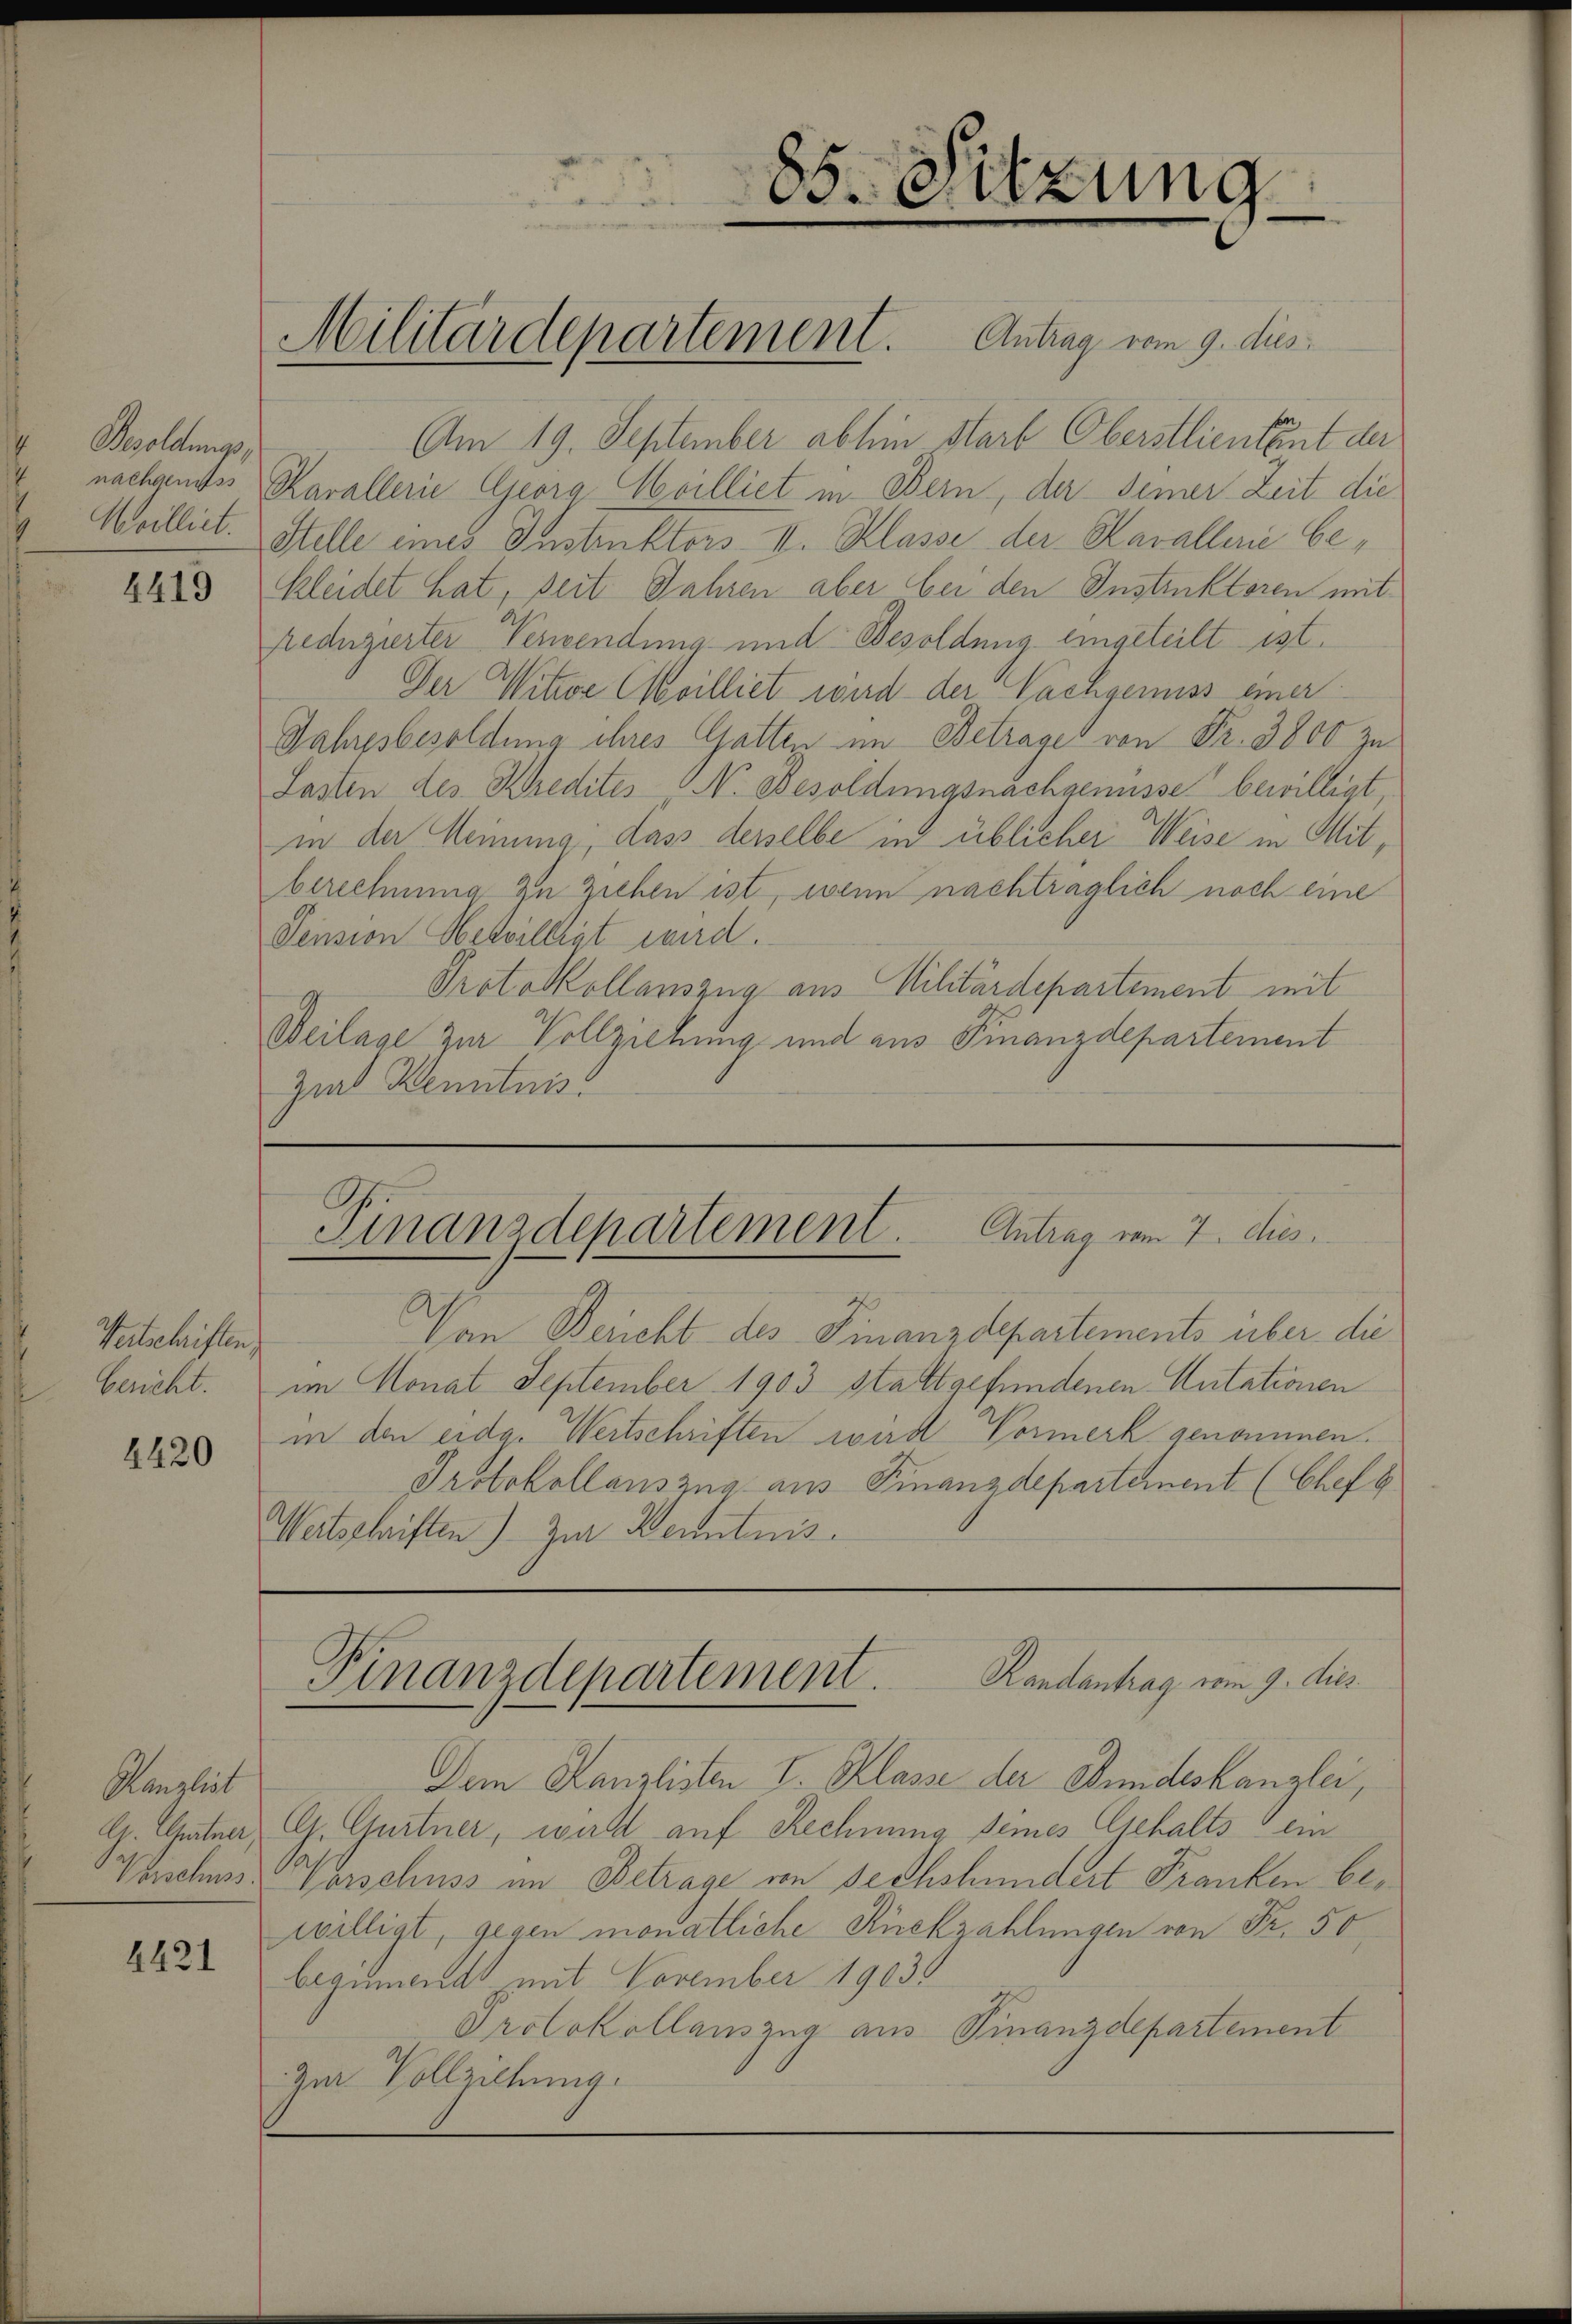
Besoldungs¬

4419

Meitschriften,
Genicht.

4420

Kanzleit

4421

Am 19. September abhin Starb Oberstlieutent der
nachgendes Cavallerie Georg Moilliet in Bern, der seiner Zeit die
Meilliet. Stelle eines Instruktors II. Klasse der Kavallerić bekleidet hat, seit Jahren aber bei den Instruktoren mit
reduzierter Verwendung und Besoldung eingeteilt ist.
Der Witwe Cilliet wird der Nachgenuss einer
Jahresbesoldung ihres Gatten im Betrages von Fr. 3800 zu
Lasten des Kredites N. Besoldungsnachgenusse bewilligt,
in der Meinung, dass derselbe in üblicher Weise in Mitberechnung zu ziehen ist, wenn nachträglich noch eine
Pension Oberwilligt wird.
Protokollauszug aus Militärdepartement mit
Weilage zur Vollziehung und aus Finanzdepartement
Ziel Kenntnis

Militärdepartement. Antrag vom 9. dies

85. c. etzung

Finanzdepartement. Antrag vom 7. dies

Von Bericht des Finanzdepartements über die
im Monat September 1903 stattgefundenen Autationen
in den eidg. Wertschriften wird Vormerk genommen.
Protokollauszug aus Finanzdepartement (Chef G
Wertschriften) zur Kenntnis.

Randantrag vom 9. dies
Finanzdepartement.

Dem Kanzlisten I. Klasse der Bundeskanzlei,
G. Chutner, Ch. Gurtner, walt auf Rechnung seines Gehalts ein
Versches Vorschuss im Betrage von sechshundert Franken bewilligt, gegen monatliche Rückzahlungen von Fr. 50
beginnend mit November 1903
Protokollauszug aus Finanzdepartement
zur Vollziehung.